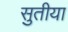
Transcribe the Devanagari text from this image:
सुतीया